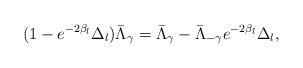
LaTeX: \begin{align*} (1-e^{-2\beta _{l}}\Delta _{l})\bar{\Lambda }_\gamma =\bar{\Lambda }_\gamma- \bar{\Lambda }_{-\gamma}e^{-2\beta _l}\Delta _l,\end{align*}